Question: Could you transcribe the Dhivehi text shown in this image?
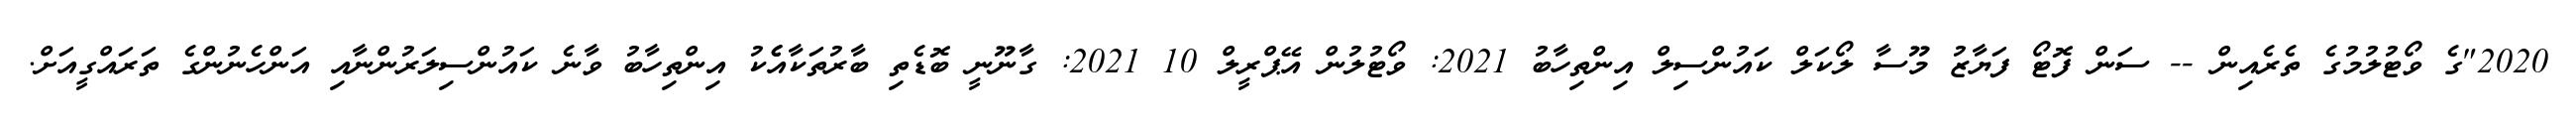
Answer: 2020"ގެ ވޯޓުލުމުގެ ތެރެއިން -- ސަން ފޮޓޯ ފަޔާޒު މޫސާ ލޯކަލް ކައުންސިލް އިންތިހާބު 2021: ވޯޓުލުން އޭޕްރީލް 10 2021: ގާނޫނީ ބޮޑެތި ބާރުތަކާއެެކު އިންތިހާބު ވާނެ ކައުންސިލަރުންނާއި އަންހެނުންގެ ތަރައްގީއަށް.